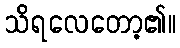
သိရလေတော့၏။